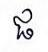
ផ